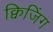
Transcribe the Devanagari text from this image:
क्विजिंग